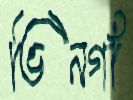
ভিনগাঁ